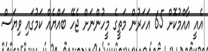
އެއީ އާއްމުކޮށް 65 އަހަރުން މަތީގެ މީހުންނަށް ޖެހޭ ބައްޔެއް ކަމުގައި ވިޔަސް